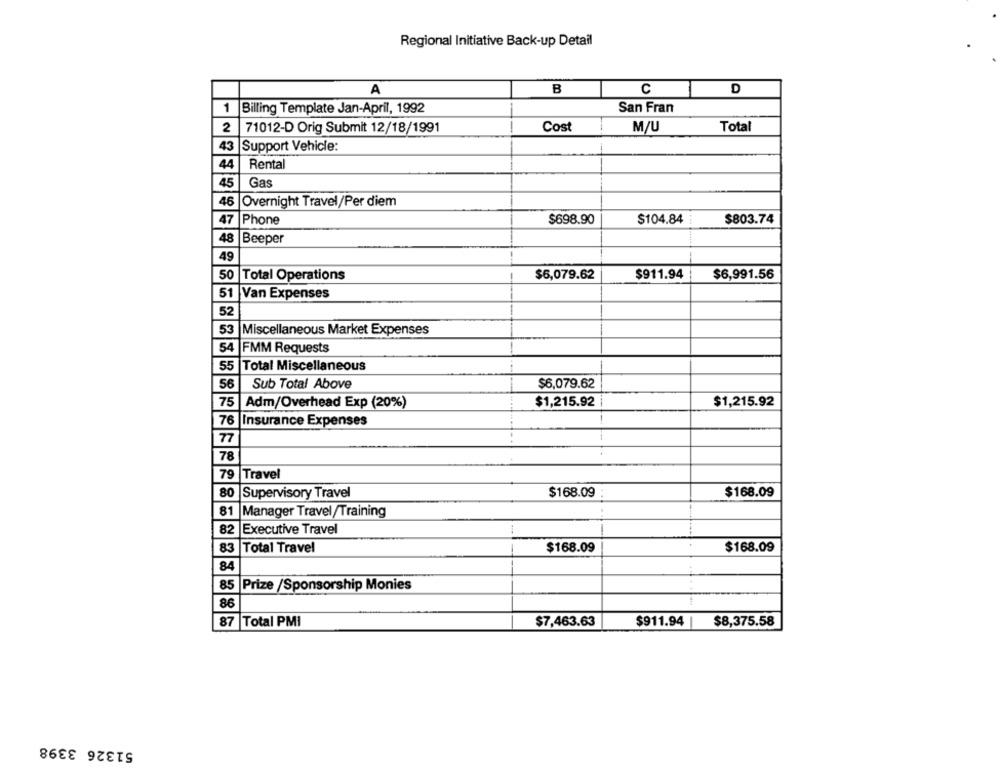
Regional Initiative Back-up Detail
A
B
C
D
1
San Fran
Billing Template Jan-April, 1992
2
71012-D Orig Submit 12/18/1991
Cost
M/U
Total
43 |Support Vehicle:
44
Rental
45
Gas
46
Overnight Travel/Per diem
47
Phone
$698.90
$104.84
$803.74
48
Beeper
49
50 Total Operations
$6,079.62
$911.94
$6,991.56
Van Expenses
52
53
Miscellaneous Market Expenses
54
FMM Requests
55
Total Miscellaneous
-
56
Sub Total Above
$6,079.62
75
Adm/Overhead Exp (20%)
$1,215.92
$1,215.92
76
Insurance Expenses
77
78
79 |Travel
80 Supervisory Travel
$168.09
$168.09
81 Manager Travel/Training
82 Executive Travel
$168.09
$168.09
83 Total Travel
84
85 |Prize /Sponsorship Monies
86
87 Total PMI
$7,463.63
$911.94
$8,375.58
51326 3398